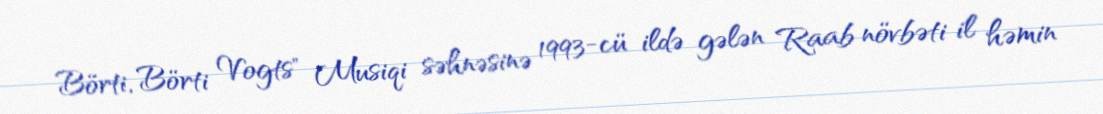
Börti, Börti Vogts" Musiqi səhnəsinə 1993-cü ildə gələn Raab növbəti il həmin